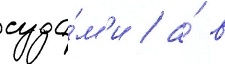
суда́м'и / а́ в